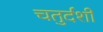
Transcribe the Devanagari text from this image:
चतुर्दर्शी